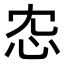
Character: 𢗐